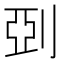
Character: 𠜲